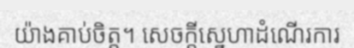
យ៉ាងគាប់ចិត្ត។ សេចក្តីស្នេហាដំណើរការ